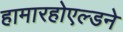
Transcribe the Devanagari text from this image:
हामारहोएल्डने